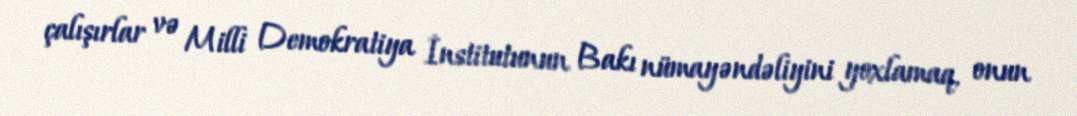
çalışırlar və Milli Demokratiya İnstitutunun Bakı nümayəndəliyini yoxlamaq, onun